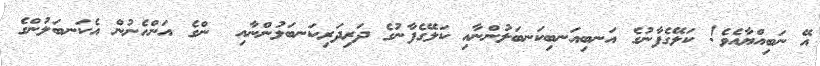
އޭ ނަބިއްޔާއެވެ! ކަލޭގެފާނުގެ އަނބިއަނބިކަނބަލުންނާއި ކަލޭގެފާނުގެ ދަރިދަރިކަނބަލުންނާއި  ންގެ އަންހެނުން އެކަނބަލުންގެ